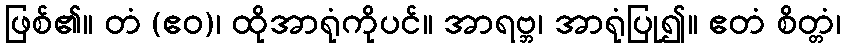
ဖြစ်၏။ တံ (ဧဝ)၊ ထိုအာရုံကိုပင်။ အာရဗ္ဘ၊ အာရုံပြု၍။ ဧတံ စိတ္တံ၊